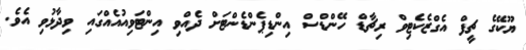
ޔޫކޭގެ ޗީފް އެގްޒެކެޓިވް ރިޗާޑް ހޭންޑްސް އިންޑިޕެންޑެންޓަށް ދެއްވި އިންޓަވިއުއެއްގައި ވިދާޅުވި އެވެ.